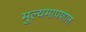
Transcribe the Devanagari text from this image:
मुल्यमापणात